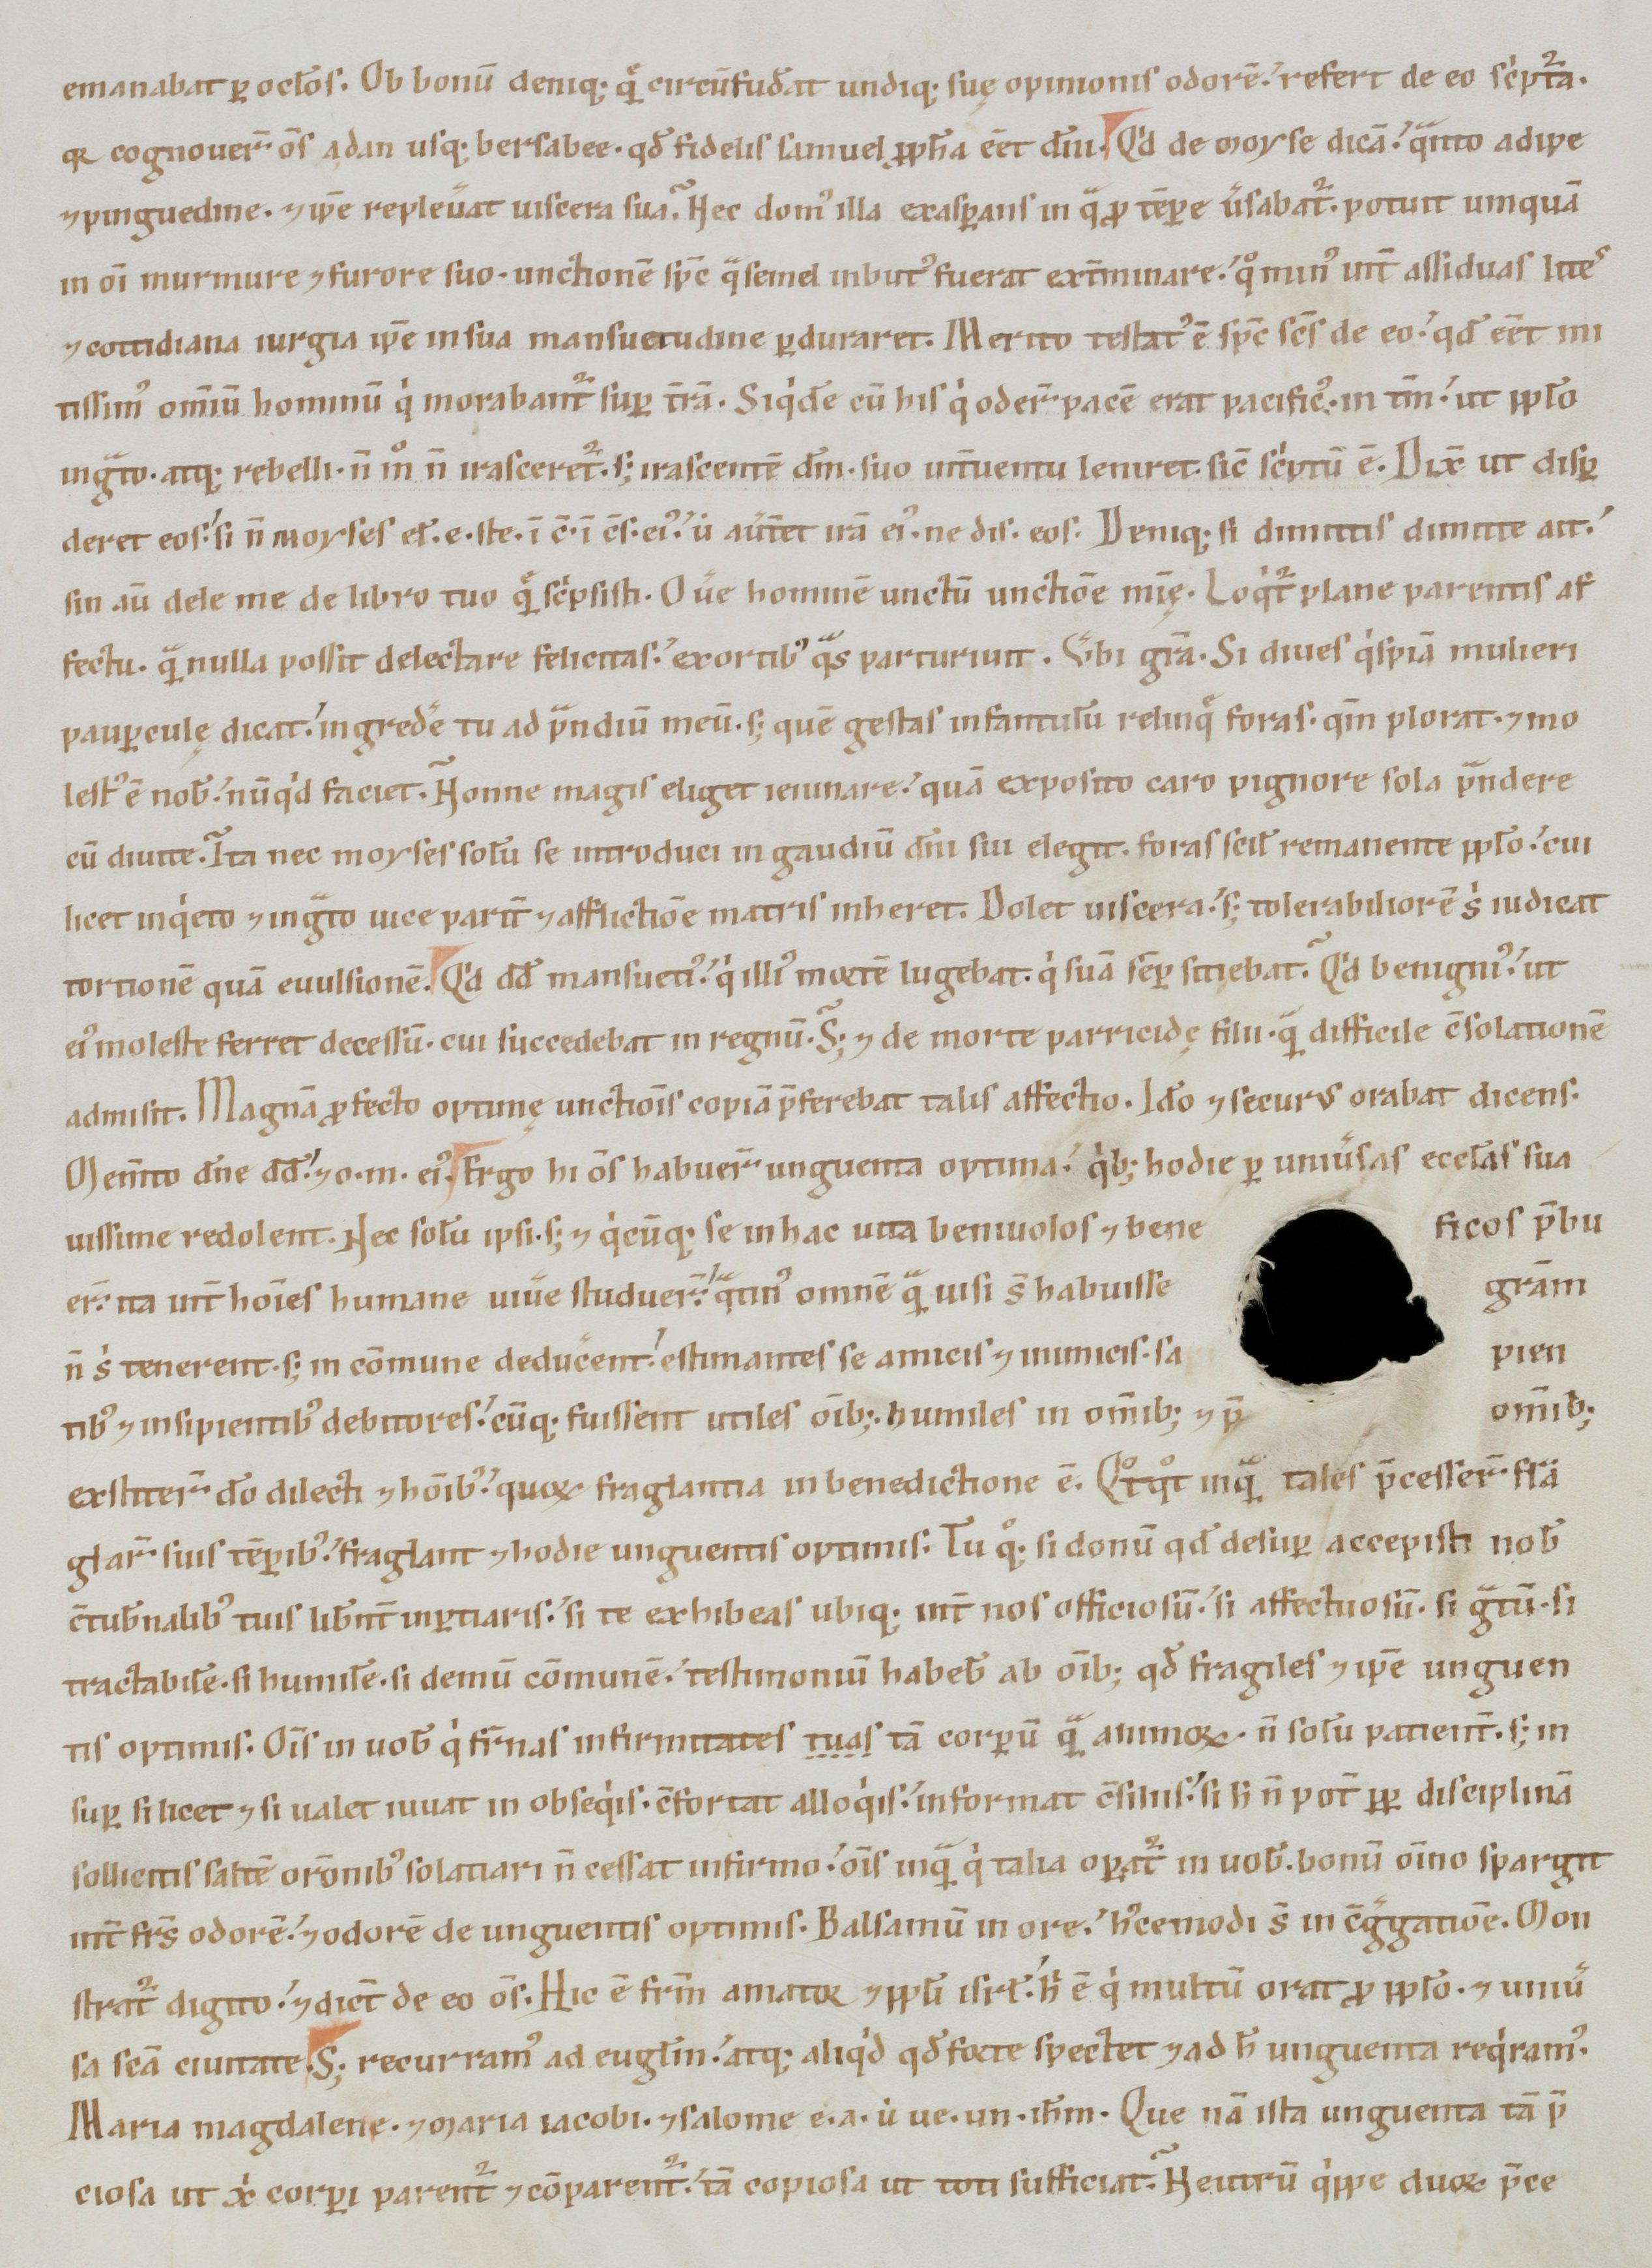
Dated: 1100–1199